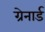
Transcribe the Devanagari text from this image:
ग्रेनार्ड